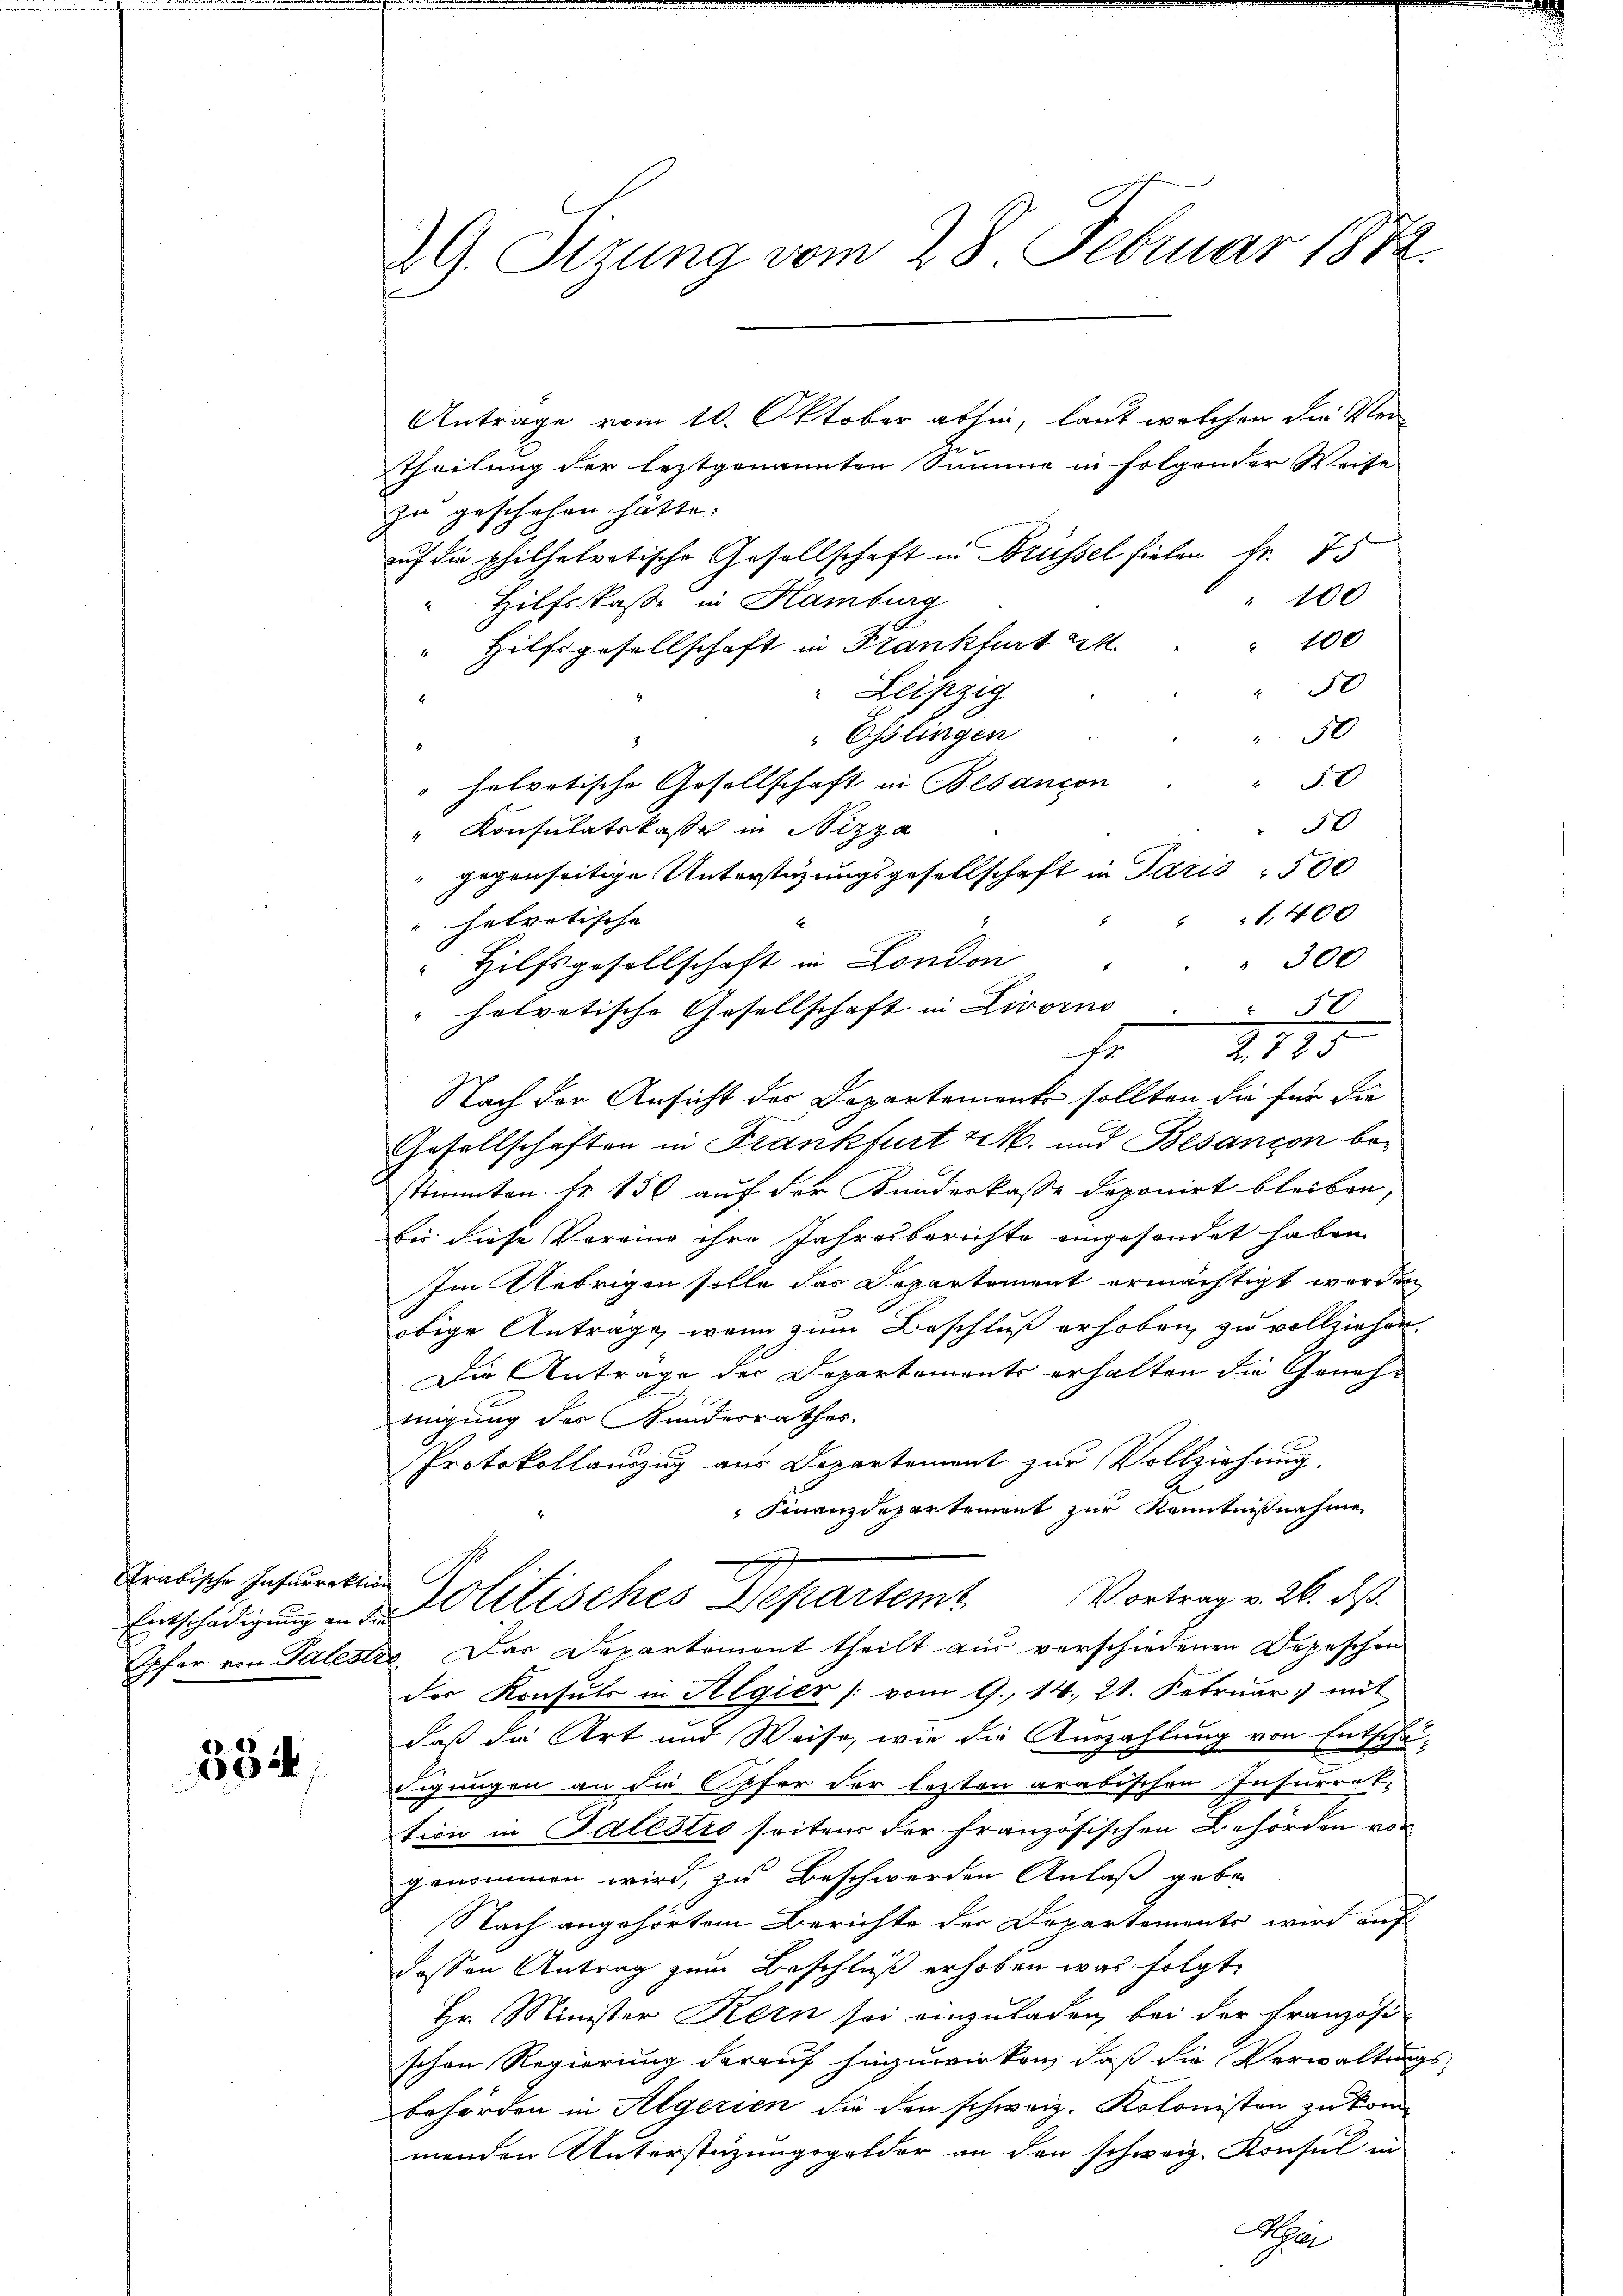
rabische Infurrektion

584

29. Sizung vom 28. Februar 1872.

Antrage vom 10. Oktober abhin, laut welchen die Ver¬
Theilung der leztgenannten Summe in folgender Weise
zu geschehen hätte.
auf die philhelvetische Gesellschaft in Brüssel fielen Fr. 75
" 100
Hilfsstaße in Hamburg
" 100
Hilfsgesellschaft in Frankfurt a
50
Leipzig
50
Esslingen
10
" helvetische Gesellschaft in Besancon
0
" Konsulatskasse in Nizza
" gegenseitige Unterstüzungsgesellschaft in Paris - 500
 1400
5
helvetische |
E
300
" Hilfsgesellschaft in London
1
helvetische Gesellschaft in Livorno. " 50
Nach der Ansicht des Departemente sollten die für die
Gesellschaften in Frankfurt M. und Besançon bestimmten Fr. 150 auf der Kundeskasse deponirt bleiben,
Eür diese Voreine ihre Jahresberichte eingesandet haben
Im Uebrigen solle das Departement ermächtigt werden
obige Anträge wenn zum Beschluß erhoben zu vollziehen.
Die Anträge der Departements erhalten die Genehmigung des Kundesrathes.
Protokollanzug aus Departement zur Vollziehung,
 Finanzdepartement zur Kenntnißnahme
Entschädigung in Politisches Departemt Vortrag v. 26. ds.
Opfer von Palestre. Der Departemont theilt aus verschiedenen Depeschen
der Konsuls in Algier (vom 9. 14. 21. Februar mit
daß die Art und Weise, wie die Auszahlung von Entschä-
igungen an die Opfer der lezten arabischen Insurrek-
tion in Salistis seiter der französischen Behörden von
genommen wird, zu Beschwerden Anlaß geben
Nach angehörtem Berichte der Departements wird auf
dessen Antrag zum Beschluß erhoben was folgt.
Hr. Minister Kern sei einzuladen, bei der Französi-
schen Regierung darauf hinzuwirken, daß die Verwaltungs-
behörden in Algerien die den schweiz. Kolonisten zu kommenden Unterstüzungsgelder an den schweiz. Konsul in
Alger

2125
Er